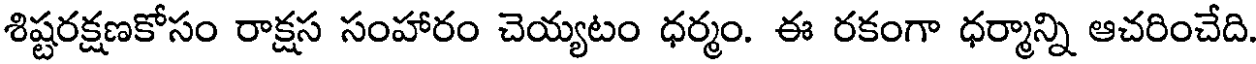
శిష్టరక్షణకోసం రాక్షస సంహారం చెయ్యటం ధర్మం. ఈ రకంగా ధర్మాన్ని ఆచరించేది.